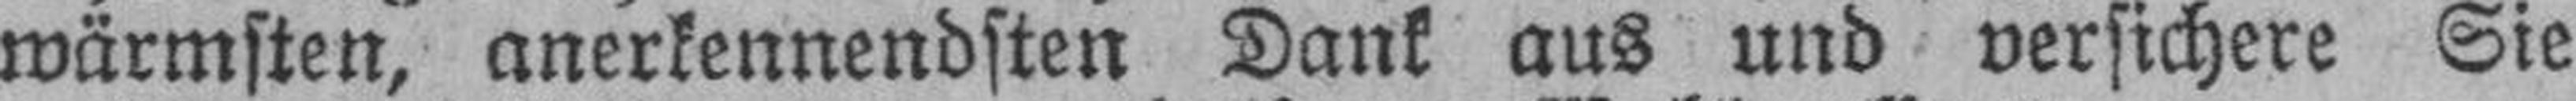
wärmsten, anerkennendsten Dank aus und versichere Sie